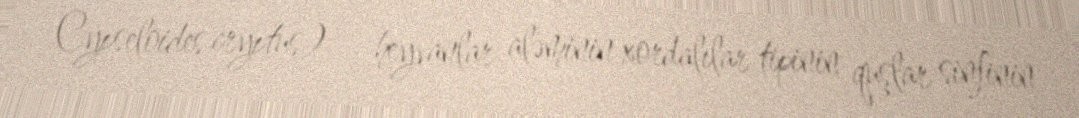
Cypseloides cryptus) — heyvanlar aləminin xordalılar tipinin quşlar sinfinin